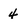
Character: 4